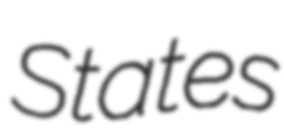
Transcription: States